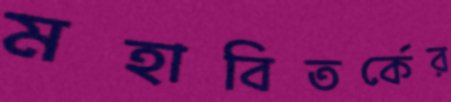
মহাবিতর্কের